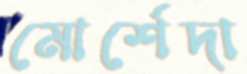
মোর্শেদা